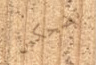
تضحكين